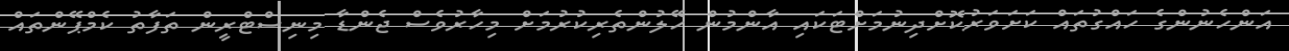
އަންހެނުންގެ ހައްގުތައް ކަށަވަރުކޮށްދިނުމަށްޓަކައި އާންމުން ހޭލުންތެރިކުރުމަށް މިހާރުވެސް ޖެންޑާ މިނިސްޓްރީން ތަފާތު ކެމްޕޭންތައް